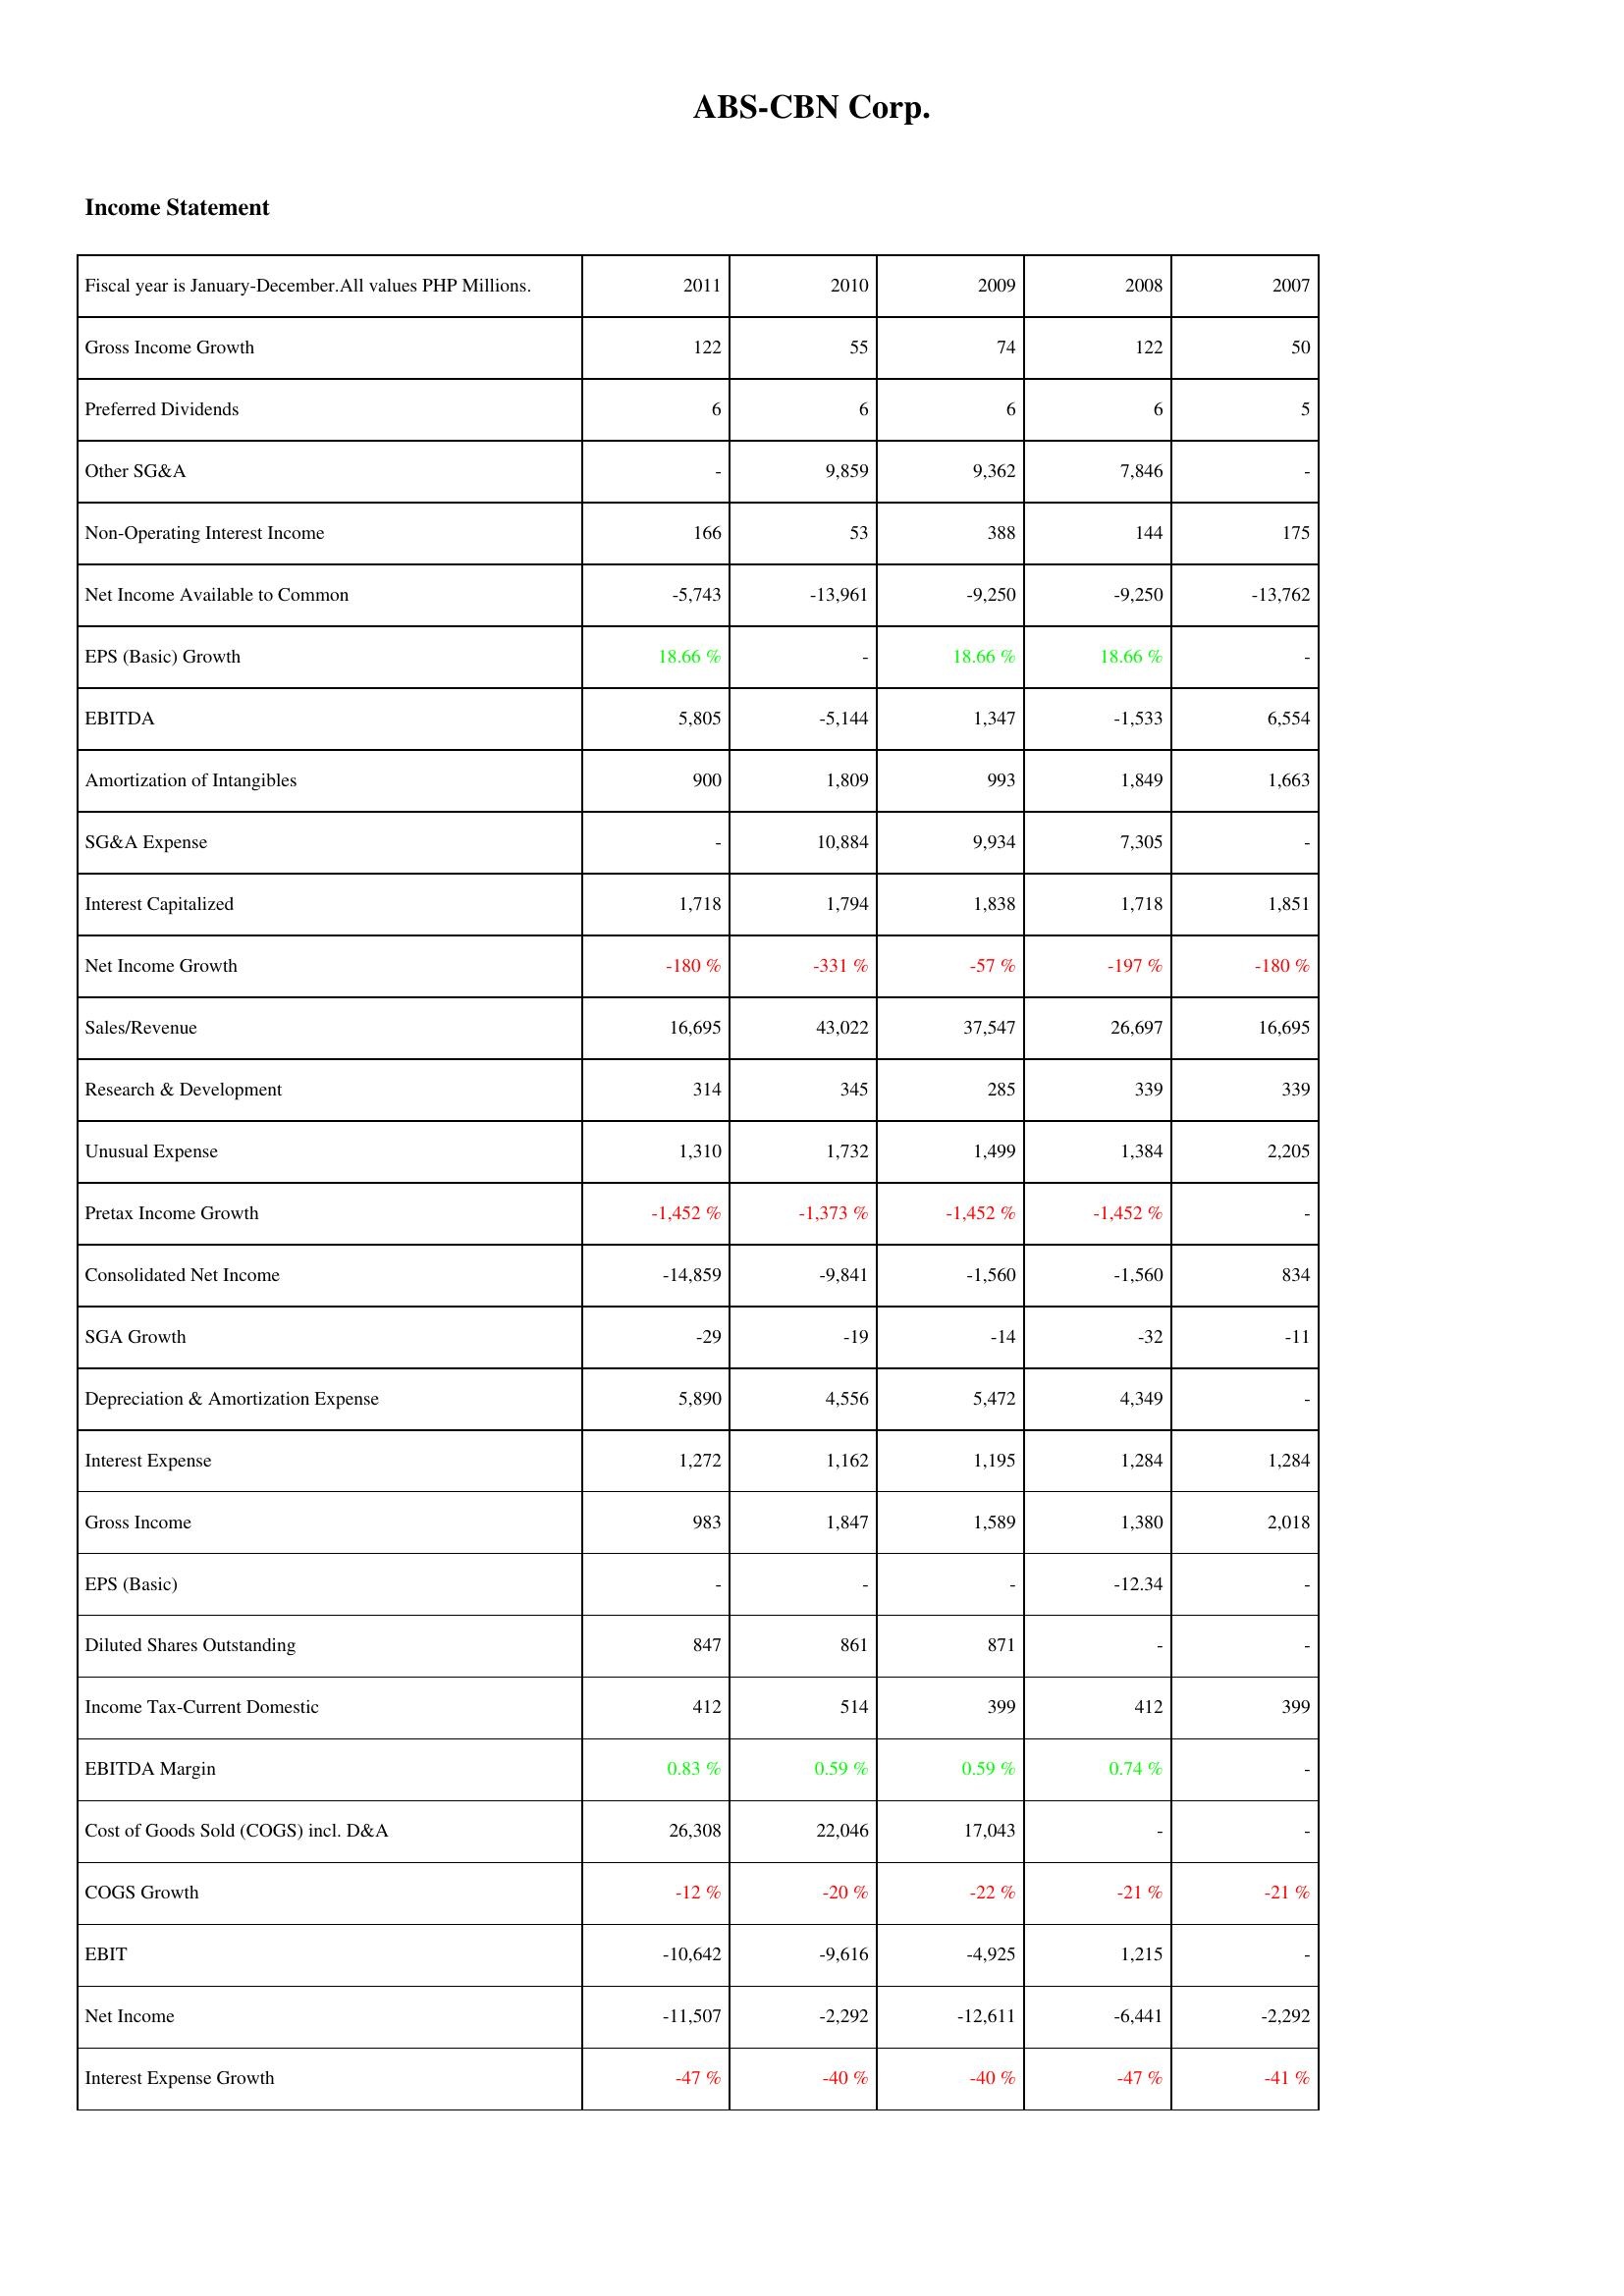
2011: Income Statement: Gross Income Growth: 122
Preferred Dividends: 6
Other SG&A: -
Non-Operating Interest Income: 166
Net Income Available to Common: -5,743
EPS (Basic) Growth: 18.66 %
EBITDA: 5,805
Amortization of Intangibles: 900
SG&A Expense: -
Interest Capitalized: 1,718
Net Income Growth: -180 %
Sales/Revenue: 16,695
Research & Development: 314
Unusual Expense: 1,310
Pretax Income Growth: -1,452 %
Consolidated Net Income: -14,859
SGA Growth: -29
Depreciation & Amortization Expense: 5,890
Interest Expense: 1,272
Gross Income: 983
EPS (Basic): -
Diluted Shares Outstanding: 847
Income Tax-Current Domestic: 412
EBITDA Margin: 0.83 %
Cost of Goods Sold (COGS) incl. D&A: 26,308
COGS Growth: -12 %
EBIT: -10,642
Net Income: -11,507
Interest Expense Growth: -47 %
2010: Income Statement: Gross Income Growth: 55
Preferred Dividends: 6
Other SG&A: 9,859
Non-Operating Interest Income: 53
Net Income Available to Common: -13,961
EPS (Basic) Growth: -
EBITDA: -5,144
Amortization of Intangibles: 1,809
SG&A Expense: 10,884
Interest Capitalized: 1,794
Net Income Growth: -331 %
Sales/Revenue: 43,022
Research & Development: 345
Unusual Expense: 1,732
Pretax Income Growth: -1,373 %
Consolidated Net Income: -9,841
SGA Growth: -19
Depreciation & Amortization Expense: 4,556
Interest Expense: 1,162
Gross Income: 1,847
EPS (Basic): -
Diluted Shares Outstanding: 861
Income Tax-Current Domestic: 514
EBITDA Margin: 0.59 %
Cost of Goods Sold (COGS) incl. D&A: 22,046
COGS Growth: -20 %
EBIT: -9,616
Net Income: -2,292
Interest Expense Growth: -40 %
2009: Income Statement: Gross Income Growth: 74
Preferred Dividends: 6
Other SG&A: 9,362
Non-Operating Interest Income: 388
Net Income Available to Common: -9,250
EPS (Basic) Growth: 18.66 %
EBITDA: 1,347
Amortization of Intangibles: 993
SG&A Expense: 9,934
Interest Capitalized: 1,838
Net Income Growth: -57 %
Sales/Revenue: 37,547
Research & Development: 285
Unusual Expense: 1,499
Pretax Income Growth: -1,452 %
Consolidated Net Income: -1,560
SGA Growth: -14
Depreciation & Amortization Expense: 5,472
Interest Expense: 1,195
Gross Income: 1,589
EPS (Basic): -
Diluted Shares Outstanding: 871
Income Tax-Current Domestic: 399
EBITDA Margin: 0.59 %
Cost of Goods Sold (COGS) incl. D&A: 17,043
COGS Growth: -22 %
EBIT: -4,925
Net Income: -12,611
Interest Expense Growth: -40 %
2008: Income Statement: Gross Income Growth: 122
Preferred Dividends: 6
Other SG&A: 7,846
Non-Operating Interest Income: 144
Net Income Available to Common: -9,250
EPS (Basic) Growth: 18.66 %
EBITDA: -1,533
Amortization of Intangibles: 1,849
SG&A Expense: 7,305
Interest Capitalized: 1,718
Net Income Growth: -197 %
Sales/Revenue: 26,697
Research & Development: 339
Unusual Expense: 1,384
Pretax Income Growth: -1,452 %
Consolidated Net Income: -1,560
SGA Growth: -32
Depreciation & Amortization Expense: 4,349
Interest Expense: 1,284
Gross Income: 1,380
EPS (Basic): -12.34
Diluted Shares Outstanding: -
Income Tax-Current Domestic: 412
EBITDA Margin: 0.74 %
Cost of Goods Sold (COGS) incl. D&A: -
COGS Growth: -21 %
EBIT: 1,215
Net Income: -6,441
Interest Expense Growth: -47 %
2007: Income Statement: Gross Income Growth: 50
Preferred Dividends: 5
Other SG&A: -
Non-Operating Interest Income: 175
Net Income Available to Common: -13,762
EPS (Basic) Growth: -
EBITDA: 6,554
Amortization of Intangibles: 1,663
SG&A Expense: -
Interest Capitalized: 1,851
Net Income Growth: -180 %
Sales/Revenue: 16,695
Research & Development: 339
Unusual Expense: 2,205
Pretax Income Growth: -
Consolidated Net Income: 834
SGA Growth: -11
Depreciation & Amortization Expense: -
Interest Expense: 1,284
Gross Income: 2,018
EPS (Basic): -
Diluted Shares Outstanding: -
Income Tax-Current Domestic: 399
EBITDA Margin: -
Cost of Goods Sold (COGS) incl. D&A: -
COGS Growth: -21 %
EBIT: -
Net Income: -2,292
Interest Expense Growth: -41 %